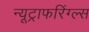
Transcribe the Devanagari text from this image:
न्यूट्राफरिंग्ल्स